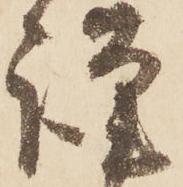
謹